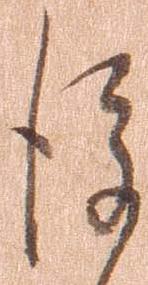
後